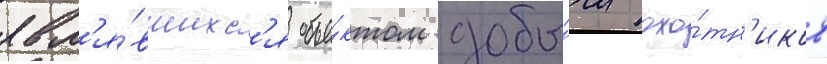
явл'я́вшихс'я объе́ктом добы́чи охо́тн'иков